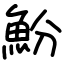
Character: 魵